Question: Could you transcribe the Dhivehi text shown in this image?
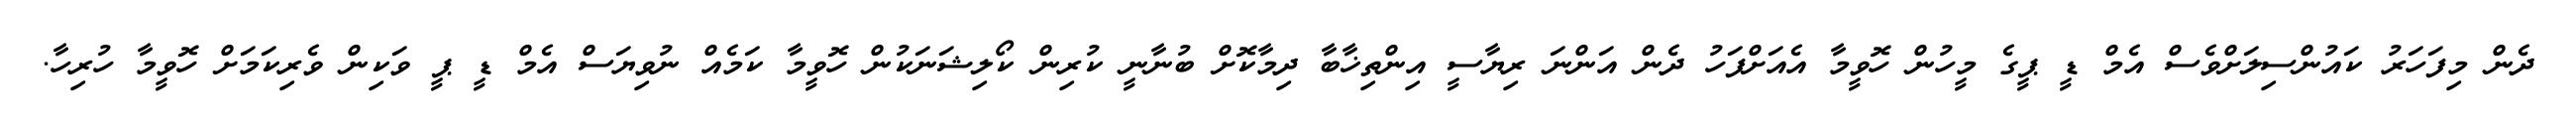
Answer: ދެން މިފަހަރު ކައުންސިލަށްވެސް އެމް ޑީ ޕީގެ މީހުން ހޮވީމާ އެއަށްފަހު ދެން އަންނަ ރިޔާސީ އިންތިޚާބާ ދިމާކޮށް ބުނާނީ ކުރިން ކޯލިޝަނަކުން ހޮވީމާ ކަމެއް ނުވިޔަސް އެމް ޑީ ޕީ ވަކިން ވެރިކަމަށް ހޮވީމާ ހުރިހާ.